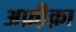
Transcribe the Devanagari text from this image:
अफ़ी़क़ा